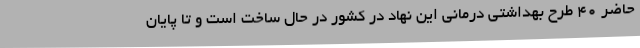
حاضر 40 طرح بهداشتی درمانی این نهاد در کشور در حال ساخت است و تا پایان